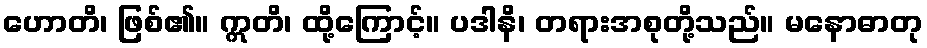
ဟောတိ၊ ဖြစ်၏။ ဣတိ၊ ထို့ကြောင့်။ ပဒါနိ၊ တရားအစုတို့သည်။ မနောဓာတု